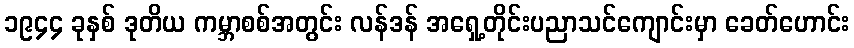
၁၉၄၄ ခုနှစ် ဒုတိယ ကမ္ဘာစစ်အတွင်း လန်ဒန် အရှေ့တိုင်းပညာသင်ကျောင်းမှာ ခေတ်ဟောင်း